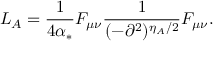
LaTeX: { \cal L } _ { A } = \frac { 1 } { 4 \alpha _ { * } } F _ { \mu \nu } \frac { 1 } { ( - \partial ^ { 2 } ) ^ { \eta _ { A } / 2 } } F _ { \mu \nu } .